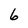
Character: 6